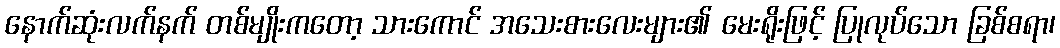
နောက်ဆုံးလက်နက် တစ်မျိုးကတော့ သားကောင် အသေးစားလေးများ၏ မေးရိုးဖြင့် ပြုလုပ်သော ခြစ်စရာ၊